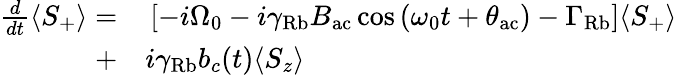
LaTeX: \begin{array}{rl}{\frac{d}{dt}\langle S_{+}\rangle=}&{{}\left[-i\Omega_{0}-i\gamma_{\mathrm{Rb}}B_{\mathrm{ac}}\cos\left({\omega_{0}t+\theta_{\mathrm{ac}}}\right)-\Gamma_{\mathrm{Rb}}\right]\langle S_{+}\rangle}\\ {+}&{{}i\gamma_{\mathrm{Rb}}b_{c}(t)\langle S_{z}\rangle}\end{array}